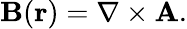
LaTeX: \mathbf{B}({\mathbf{r}})=\nabla\times{\mathbf{A}}.